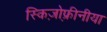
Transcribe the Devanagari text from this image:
स्किज़ोफ़्रीनीया